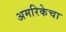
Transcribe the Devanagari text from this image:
अमरिकेचा